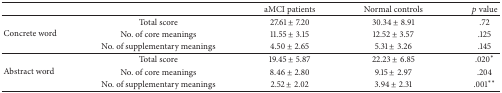
|  |  | aMCI patients | Normal controls | p value |
 | --- | --- | --- | --- | --- |
 | <ROWSPAN=3> Concrete word | Total score | 27.61 ± 7.20 | 30.34 ± 8.91 | .72 |
 | No. of core meanings | 11.55 ± 3.15 | 12.52 ± 3.57 | .125 |
 | No. of supplementary meanings | 4.50 ± 2.65 | 5.31 ± 3.26 | .145 |
 | <ROWSPAN=3> Abstract word | Total score | 19.45 ± 5.87 | 22.23 ± 6.85 | .020∗ |
 | No. of core meanings | 8.46 ± 2.80 | 9.15 ± 2.97 | .204 |
 | No. of supplementary meanings | 2.52 ± 2.02 | 3.94 ± 2.31 | .001∗∗ |